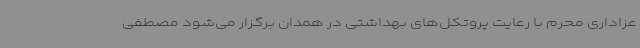
عزاداری محرم با رعایت پروتکل‌های بهداشتی در همدان برگزار می‌شود مصطفی